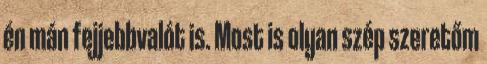
én mán fejjebbvalót is. Most is olyan szép szeretőm